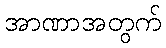
အာဏာအတွက်